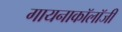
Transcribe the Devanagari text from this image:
गायनाकॉलॉजी